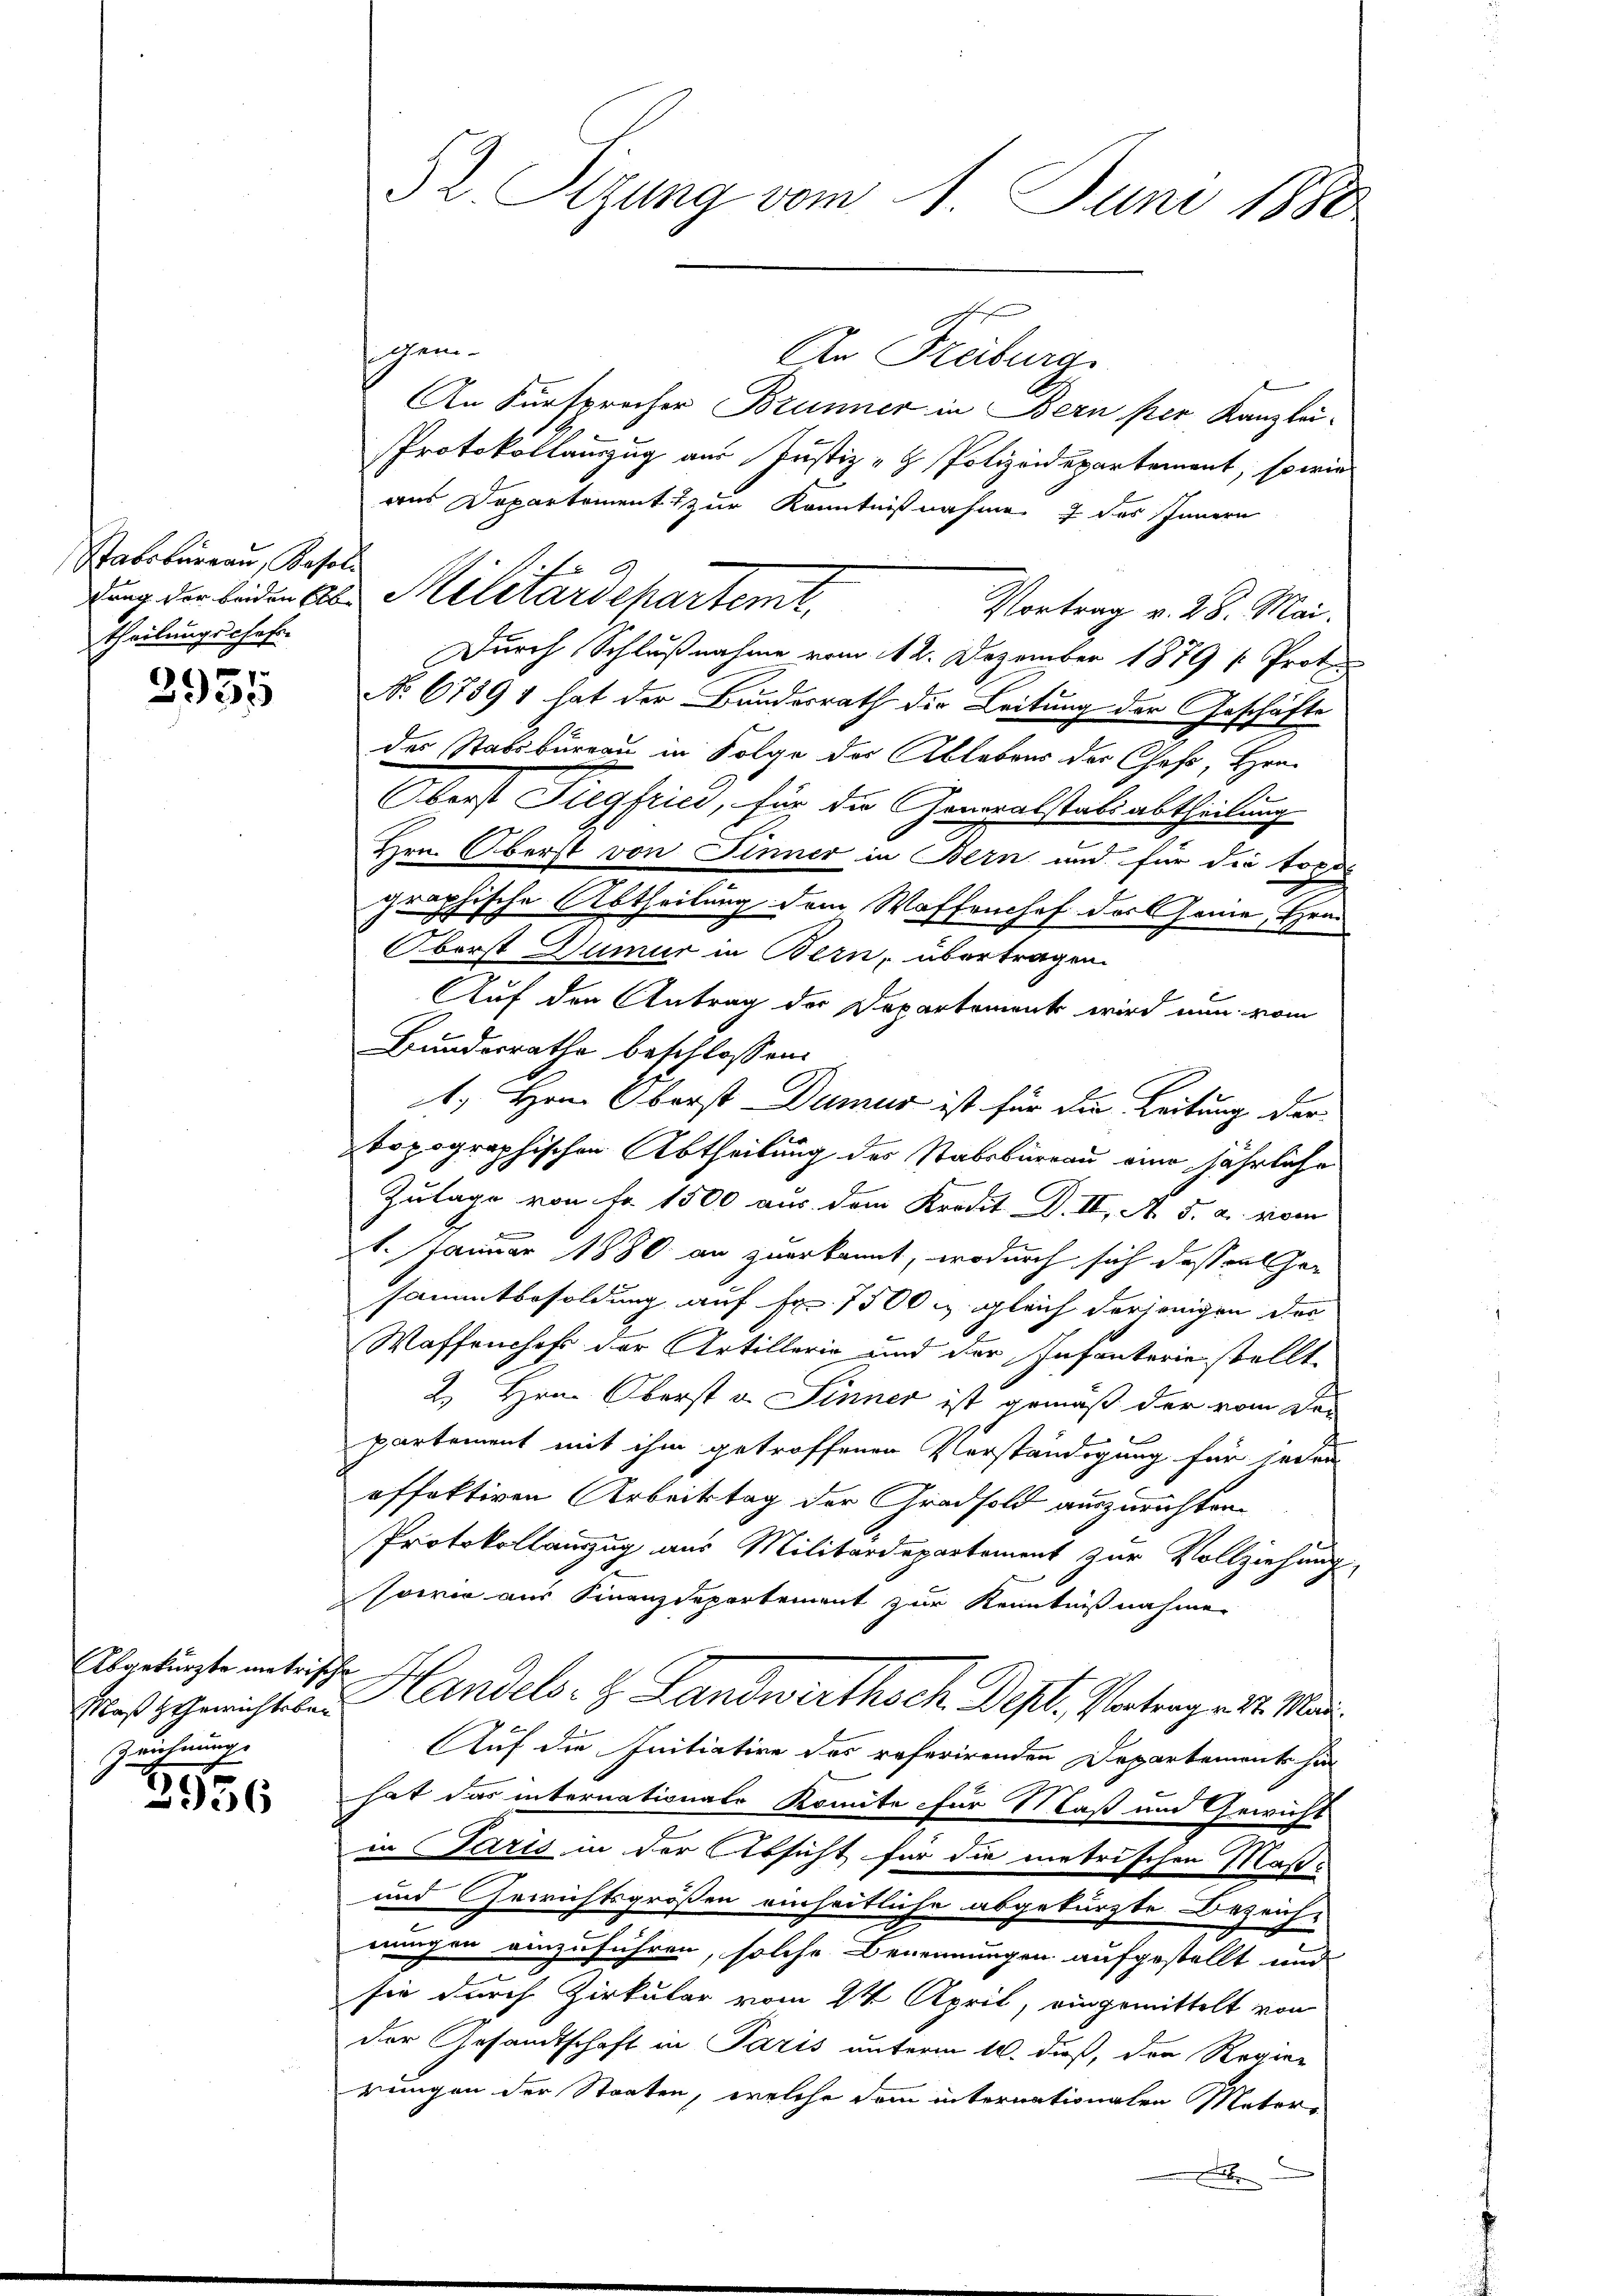
Stabsbureau, Kasal
theilungschafe

e
2951

Abgekürzte metrische
Zeichnung
e

2956

52 Sizung vom 1. Juni 1882.

gem.
An Freiburg.
An Fürsprecher Brunner in Bern per Kanzlei-
Protokollauszug aus Justiz- & Polizeidepartement, sowie
aus Departement zur Kenntnißnahme 7 des Innern
Vortrag v. 28. Mai.
Durch Schlußnahme vom 12. Dezember 1879 [Proto¬
No 67391 hat der Bunderrath die Leitung der Geschäfte
der Stabsbureau in Folge der Ablebens der Chefs, Hrn.
e
Oberst Siegfrind, für die Gemalstalsabtheilung
Hrn. Oberst von Finner in Bern und für die topog
graphische Abtheilung dem Waffenhof das eine, Hrn.
Oberst Dumur in Bern, übertragen.
Auf den Antrag der Departement wird nun vom
Bundesrathe beschlossen:
1. Hrn. Oberst Dumus ist für die Leitung der
topographischen Abtheilung des Stabsbureau eine jährliche
Zulage von Fr. 1500 aus dem Kredit D. II, A. 5. a. vom
1. Januar 1880 an zuerkannt, wodurch sich dass alher
sammtbesoldung auf Fr. 1500 & gleich derjenigen das
Waffenshofe der Artillerie und der Infanterie stellt,
2. Hrn. Oberst v. Sinner ist gemäß der vom De-
partement mit ihm getroffenen Verständigung für jeden
effektiven Arbeitstag der Gradsold auszurichten.
Protokollauszug aus Militärdepartement zur Vollziehung,
sowie aus Finanzdepartement zur Kenntnißnahme
Dieß gerichtete Handels- u. Landwirthsch Dest. Vertrag v. 1. Mar
Auf die Initiative des referirenden Departemente hi
hat das internationate Komite für Maß und Gewicht
in Paris in der Absicht für die metrischen Maß¬
und Gewichtsgrößen einheitliche abgekürzte Bezeich-
nungen einzuführen, solche Benennungen aufgestellt und
.
sie durch Zirkular vom 24. April, eingemittelt von
der Gesandtschaft in Paris unterm 10. dieß, den Regier
rungen der Staaten, welche dem internationalen Materi
.

dung der beiden A. Militärdepartemt